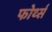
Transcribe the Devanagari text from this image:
फोर्थ्स